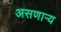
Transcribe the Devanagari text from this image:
असणाऱ्य